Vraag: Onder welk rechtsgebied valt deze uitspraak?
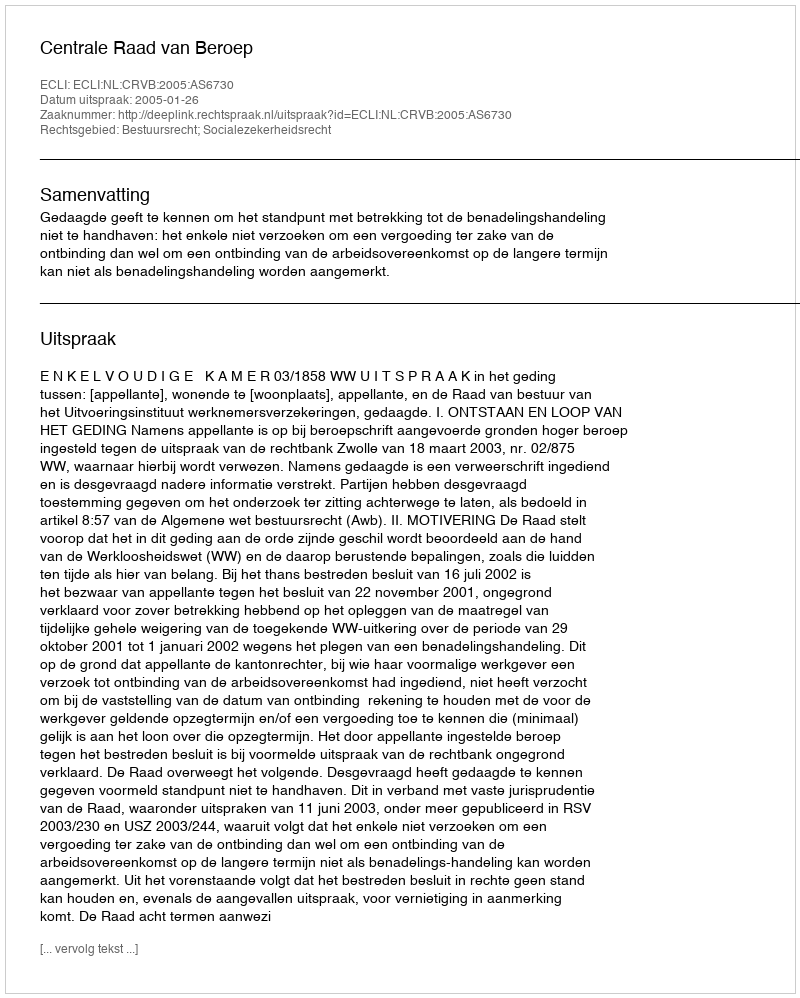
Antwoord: Bestuursrecht; Socialezekerheidsrecht